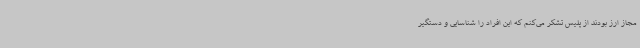
مجاز ارز بودند از پلیس تشکر می‌کنم که این افراد را شناسایی و دستگیر